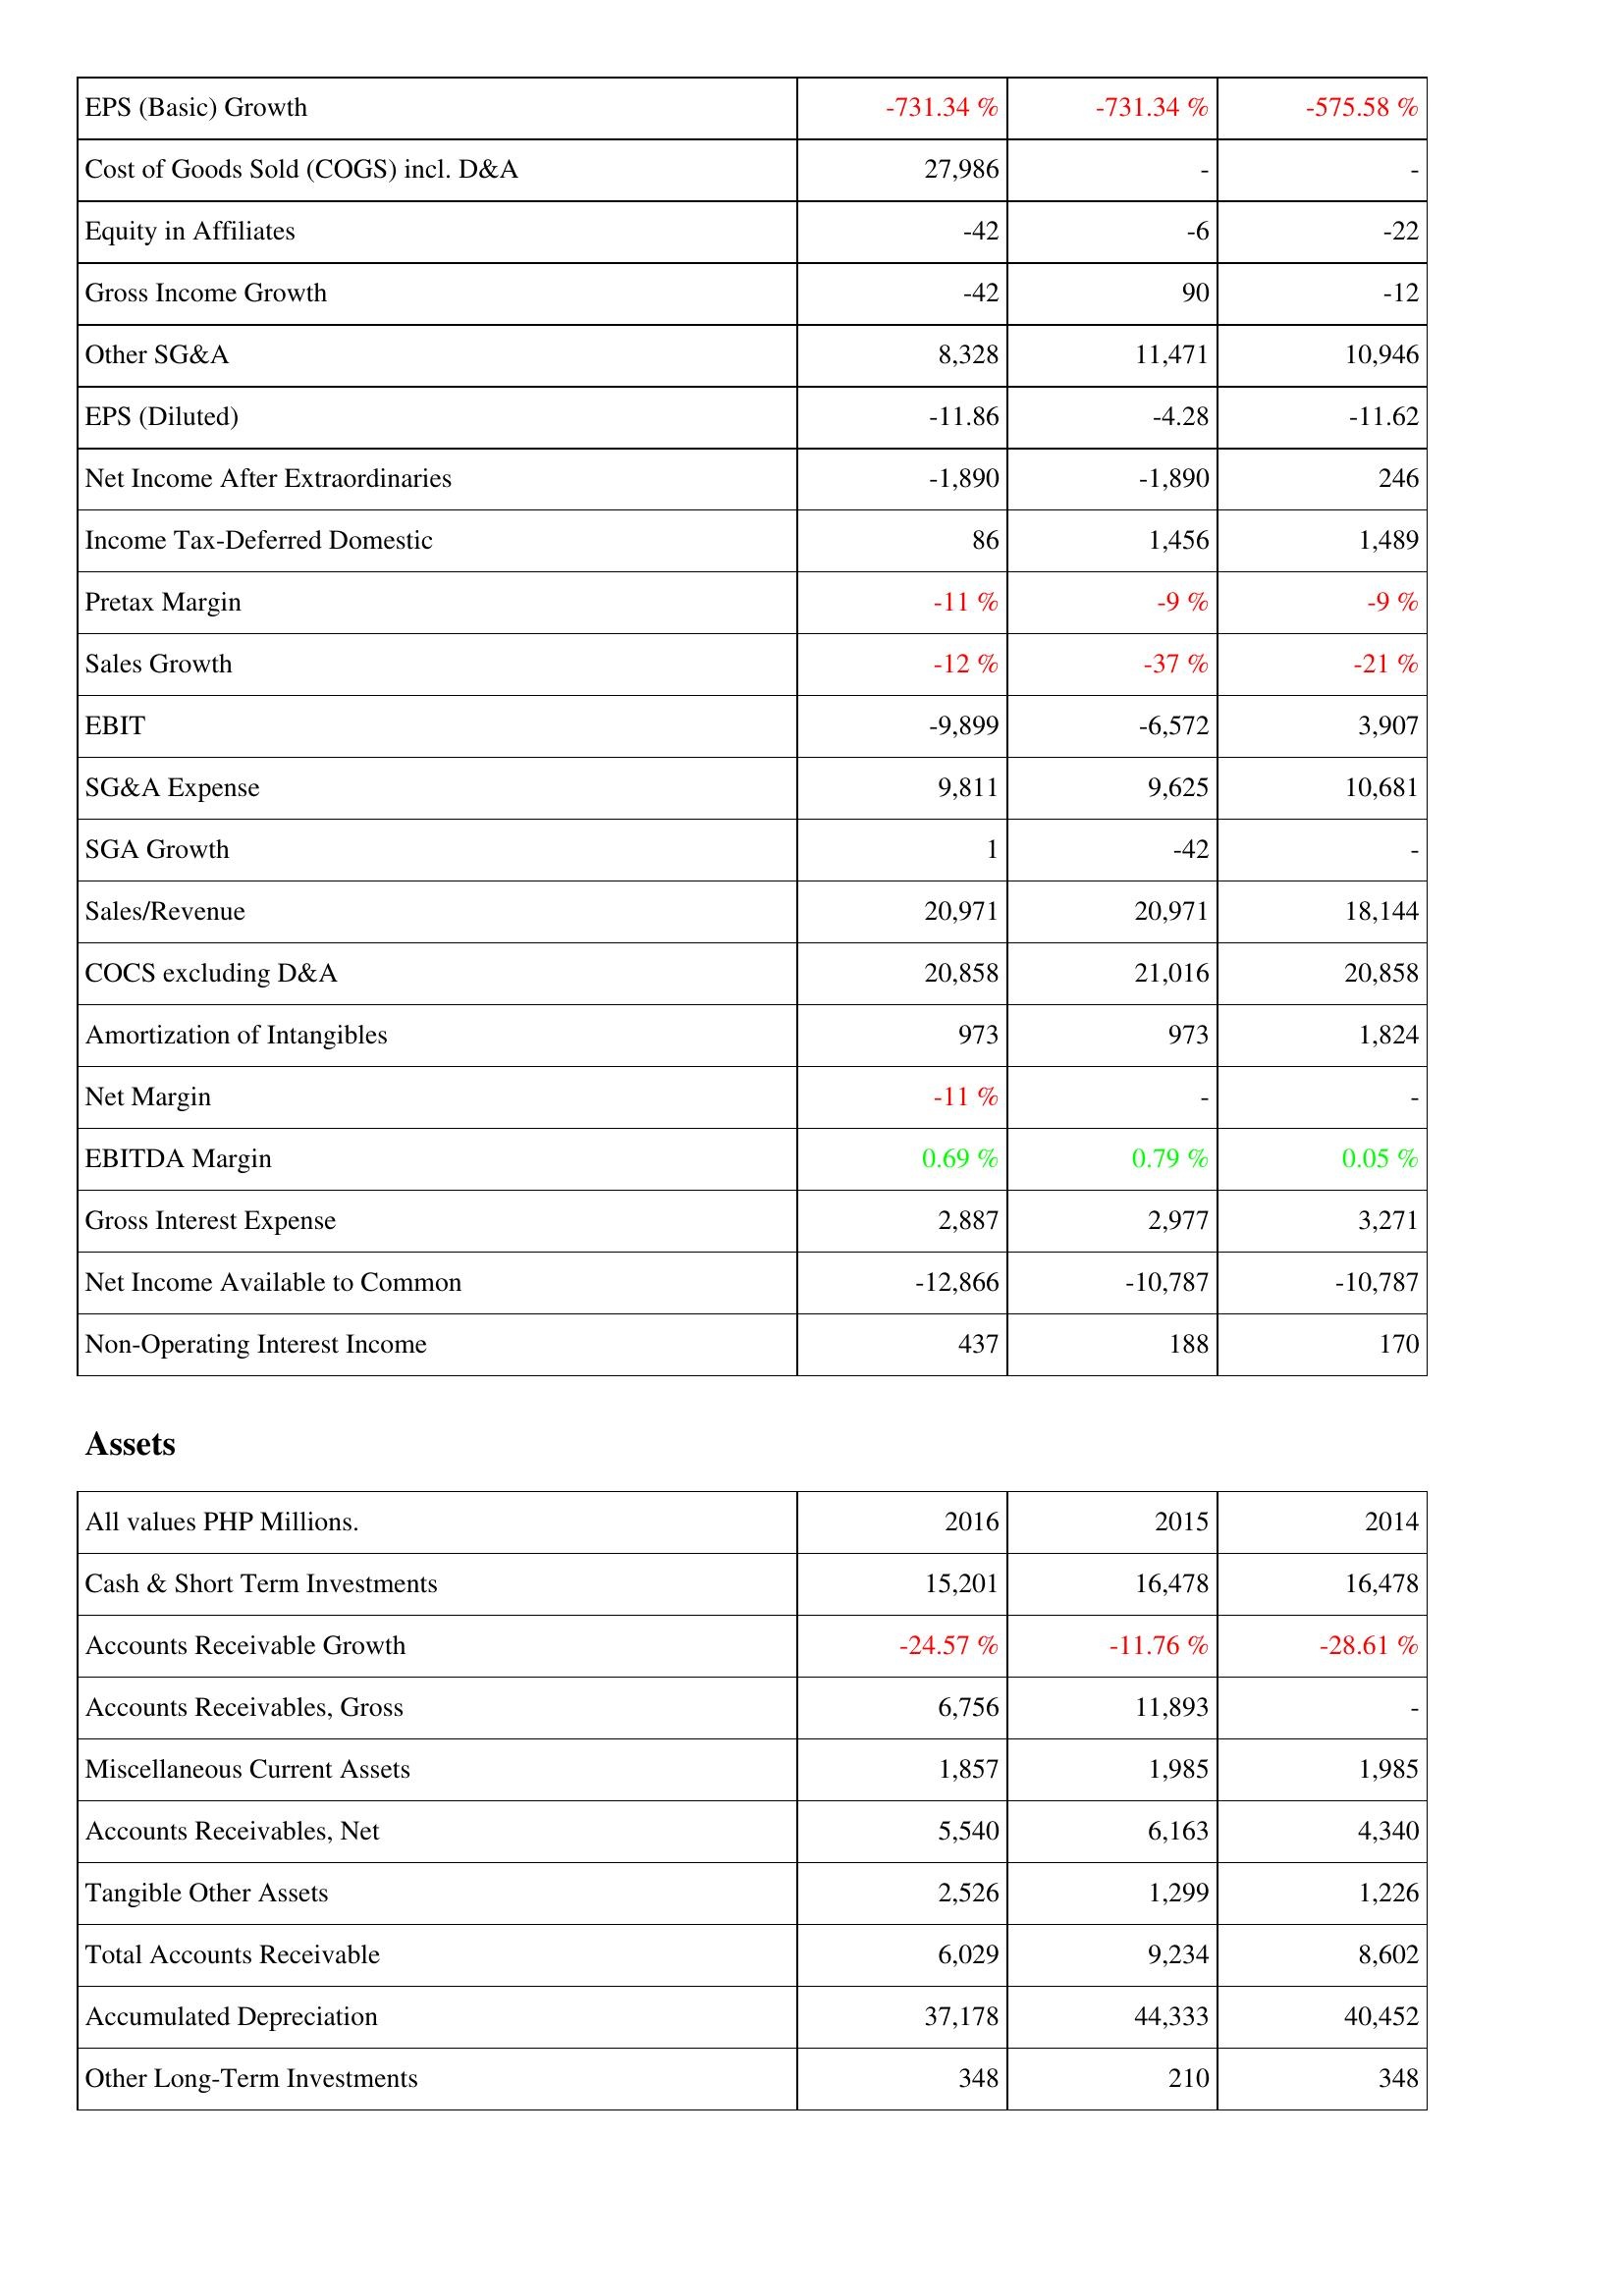
2016: Income Statement: EPS (Basic) Growth: -731.34 %
Cost of Goods Sold (COGS) incl. D&A: 27,986
Equity in Affiliates: -42
Gross Income Growth: -42
Other SG&A: 8,328
EPS (Diluted): -11.86
Net Income After Extraordinaries: -1,890
Income Tax-Deferred Domestic: 86
Pretax Margin: -11 %
Sales Growth: -12 %
EBIT: -9,899
SG&A Expense: 9,811
SGA Growth: 1
Sales/Revenue: 20,971
COCS excluding D&A: 20,858
Amortization of Intangibles: 973
Net Margin: -11 %
EBITDA Margin: 0.69 %
Gross Interest Expense: 2,887
Net Income Available to Common: -12,866
Non-Operating Interest Income: 437
Assets: Cash & Short Term Investments: 15,201
Accounts Receivable Growth: -24.57 %
Accounts Receivables, Gross: 6,756
Miscellaneous Current Assets: 1,857
Accounts Receivables, Net: 5,540
Tangible Other Assets: 2,526
Total Accounts Receivable: 6,029
Accumulated Depreciation: 37,178
Other Long-Term Investments: 348
2015: Income Statement: EPS (Basic) Growth: -731.34 %
Cost of Goods Sold (COGS) incl. D&A: -
Equity in Affiliates: -6
Gross Income Growth: 90
Other SG&A: 11,471
EPS (Diluted): -4.28
Net Income After Extraordinaries: -1,890
Income Tax-Deferred Domestic: 1,456
Pretax Margin: -9 %
Sales Growth: -37 %
EBIT: -6,572
SG&A Expense: 9,625
SGA Growth: -42
Sales/Revenue: 20,971
COCS excluding D&A: 21,016
Amortization of Intangibles: 973
Net Margin: -
EBITDA Margin: 0.79 %
Gross Interest Expense: 2,977
Net Income Available to Common: -10,787
Non-Operating Interest Income: 188
Assets: Cash & Short Term Investments: 16,478
Accounts Receivable Growth: -11.76 %
Accounts Receivables, Gross: 11,893
Miscellaneous Current Assets: 1,985
Accounts Receivables, Net: 6,163
Tangible Other Assets: 1,299
Total Accounts Receivable: 9,234
Accumulated Depreciation: 44,333
Other Long-Term Investments: 210
2014: Income Statement: EPS (Basic) Growth: -575.58 %
Cost of Goods Sold (COGS) incl. D&A: -
Equity in Affiliates: -22
Gross Income Growth: -12
Other SG&A: 10,946
EPS (Diluted): -11.62
Net Income After Extraordinaries: 246
Income Tax-Deferred Domestic: 1,489
Pretax Margin: -9 %
Sales Growth: -21 %
EBIT: 3,907
SG&A Expense: 10,681
SGA Growth: -
Sales/Revenue: 18,144
COCS excluding D&A: 20,858
Amortization of Intangibles: 1,824
Net Margin: -
EBITDA Margin: 0.05 %
Gross Interest Expense: 3,271
Net Income Available to Common: -10,787
Non-Operating Interest Income: 170
Assets: Cash & Short Term Investments: 16,478
Accounts Receivable Growth: -28.61 %
Accounts Receivables, Gross: -
Miscellaneous Current Assets: 1,985
Accounts Receivables, Net: 4,340
Tangible Other Assets: 1,226
Total Accounts Receivable: 8,602
Accumulated Depreciation: 40,452
Other Long-Term Investments: 348